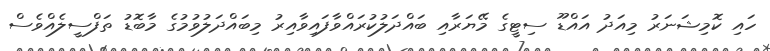
ހައި ކޮމިޝަނަރު މިއަދު އައްޑޫ ސިޓީގެ މޭޔަރާއި ބައްދަލުކުރައްވާފައިވާއިރު މިބައްދަލުވުމުގެ މާބޮޑު ތަފްސީލެއްވެސް